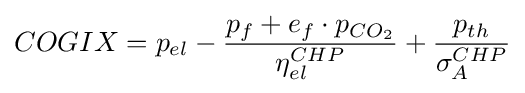
COGIX=p_{el}-{\frac {p_{f}+e_{f}\cdot p_{CO_{2}}}{\eta _{el}^{CHP}}}+{\frac {p_{th}}{\sigma _{A}^{CHP}}}